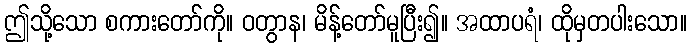
ဤသို့သော စကားတော်ကို။ ဝတွာန၊ မိန့်တော်မူပြီး၍။ အထာပရံ၊ ထိုမှတပါးသော။